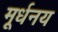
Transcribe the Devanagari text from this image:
मूर्धनय